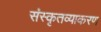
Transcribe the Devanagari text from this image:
संस्कृतव्याकरण